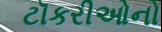
ટૉકરીઓનો